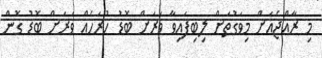
މި ރާއްޖެއަށް މިވަގުތަށް ލިބިފައިވާ ވަރަށް ބޮޑު ހުރަހެއް ވަރަށް ބޮޑު ގޮން